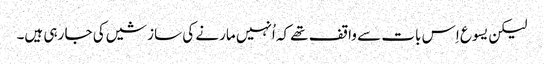
‏ لیکن یسوع اِس بات سے واقف تھے کہ اُنہیں مارنے کی سازشیں کی جا رہی ہیں۔